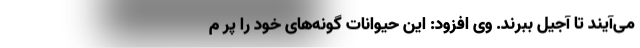
می‌آیند تا آجیل ببرند. وی افزود: این حیوانات گونه‌های خود را پر م